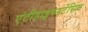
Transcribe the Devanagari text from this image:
एंटीहाइपरटेंसिव